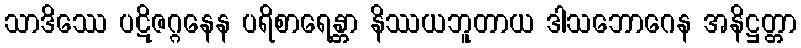
သာဒိဿေ ပဋိဇဂ္ဂနေန ပရိစာရေန္တာ နိဿယဘူတာယ ဒါသဘောဂေန အနိဋ္ဌတ္တာ